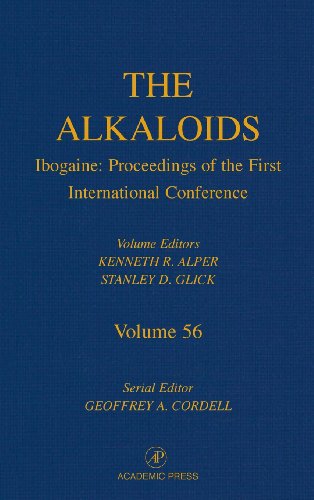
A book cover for Ibogaine: Proceedings from the First International Conference, Volume 56 (The Alkaloids); Science & Math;